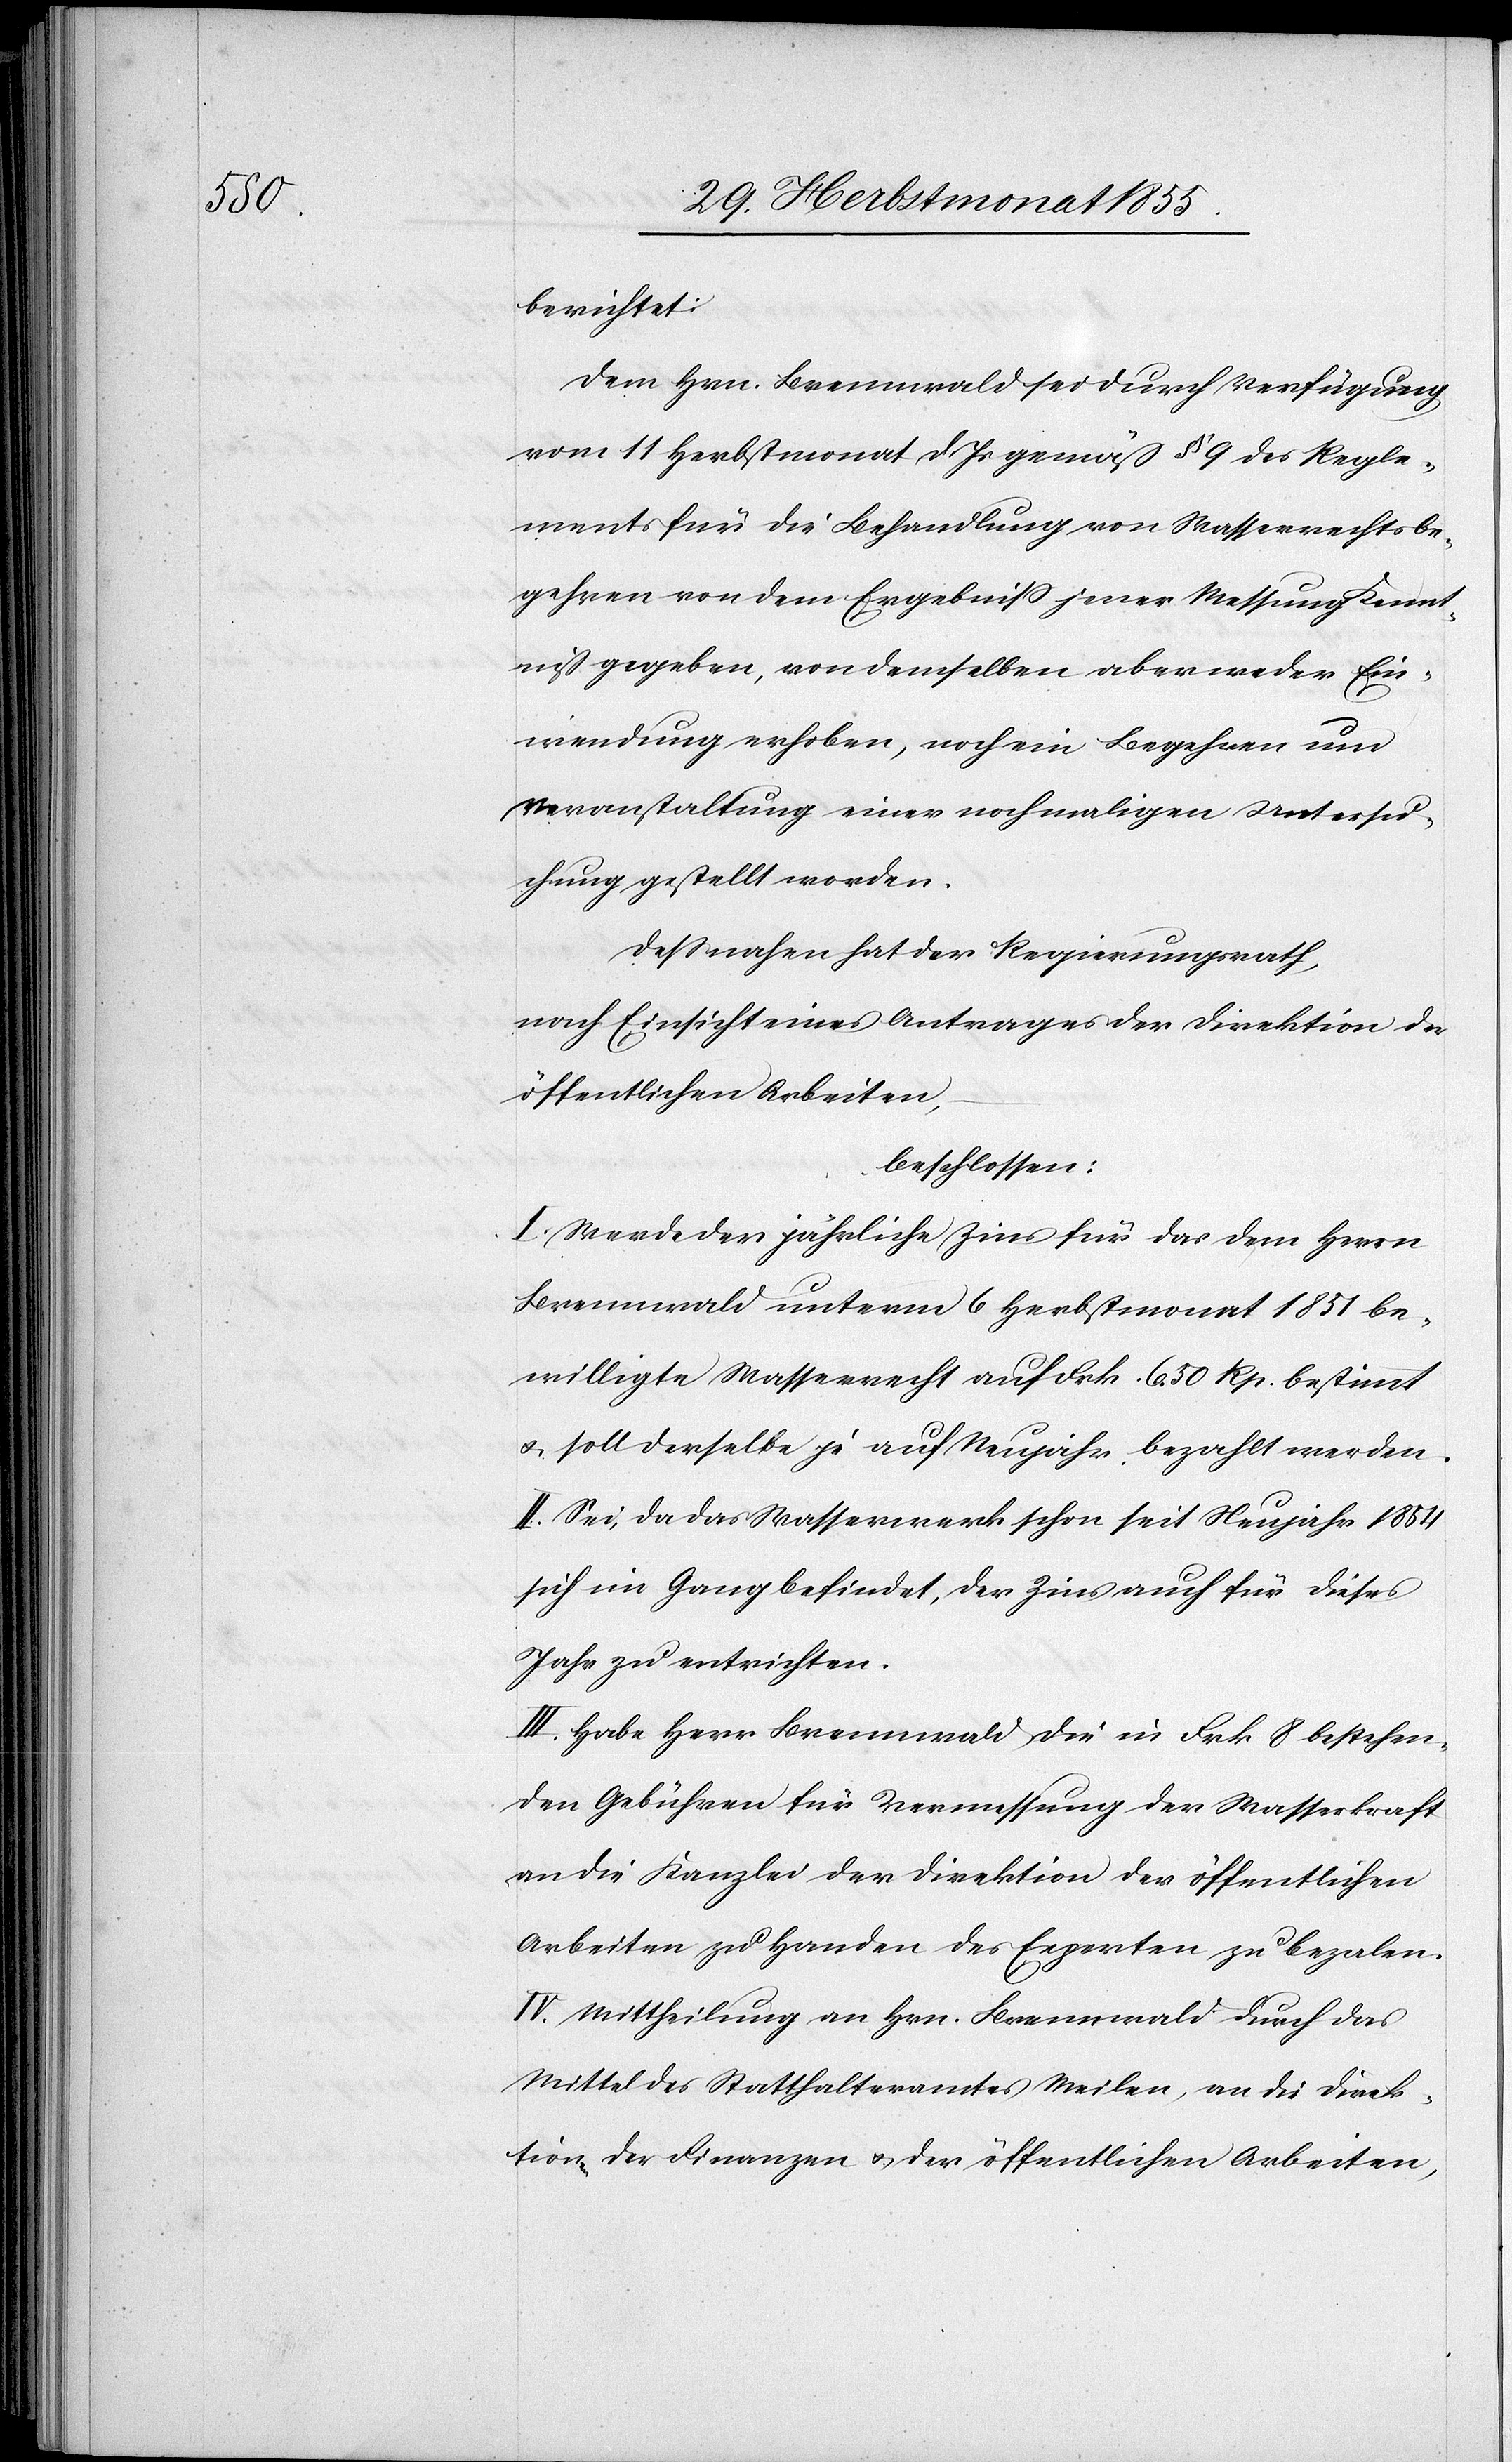
berichtet:
Dem Hrn. Brennwald sei durch Verfügung
vom 11 Herbstmonat d. Js gemäß § 9 des Regle¬
ments für die Behandlung von Wasserrechtsbe¬
gehren von dem Ergebniss jener Messung Kennt¬
niß gegeben, von demselben aber weder Ein¬
wendung erhoben, noch ein Begehren um
Veranstaltung einer nochmaligen Untersu¬
chung gestellt worden.
Dessnahen hat der Regierungsrath,
nach Einsicht eines Antrages der Direktion der
öffentlichen Arbeiten,
beschlossen:
I. Werde der jährliche Zins für das dem Herrn
Brennwald unterm 6 Herbstmonat 1851 be¬
willigte Wasserrecht auf Frk. 6. 50 Rp. bestimmt
& soll derselbe je auf Neujahr bezahlt werden.
II. Sei, da das Wasserwerk schon seit Neujahr 1854
sich im Gang befindet, der Zins auch für dieses
Jahr zu entrichten.
III. Habe Herr Brennwald die in Frk. 8 bestehen¬
den Gebühren für Vermessung der Wasserkraft
an die Kanzlei der Direktion der öffentlichen
Arbeiten zu Handen des Experten zu bezalen.
IV. Mittheilung an Hrn. Brennwald durch das
Mittel des Statthalteramtes Meilen, an die Direk¬
tionen der Finanzen & der öffentlichen Arbeiten,